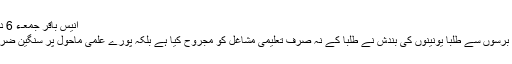
انیس باقر جمعـء 6 دسمبر 2019
گزشتہ چالیس برسوں سے طلبا یونینوں کی بندش نے طلبا کے نہ صرف تعلیمی مشاغل کو مجروح کیا ہے بلکہ پورے علمی ماحول پر سنگین ضرب لگائی ہے۔